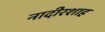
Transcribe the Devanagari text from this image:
नादीरशाह